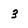
Character: 3